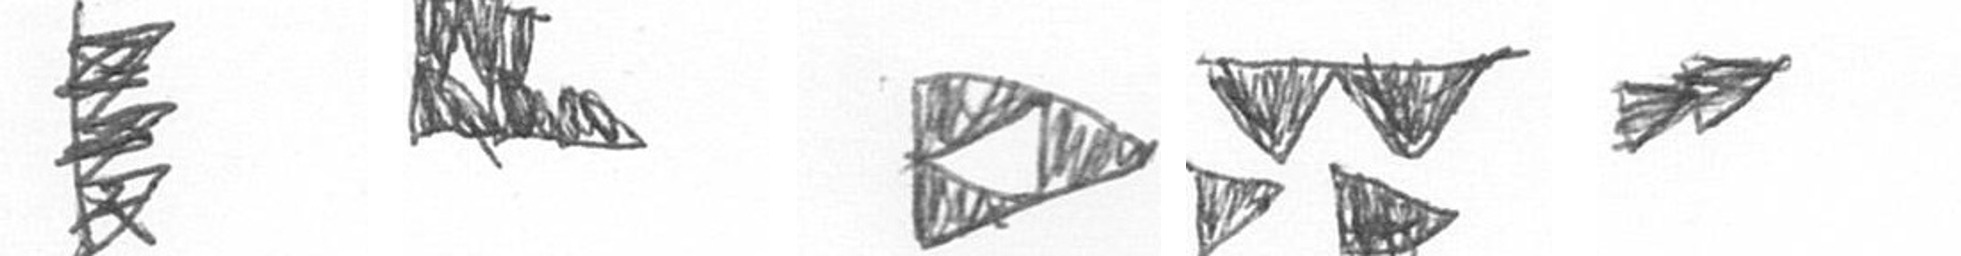
H D K B A